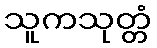
သူကသုတ္တံ